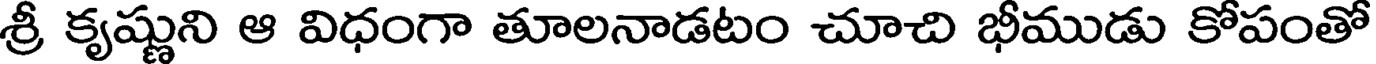
శ్రీ కృష్ణుని ఆ విధంగా తూలనాడటం చూచి భీముడు కోపంతో